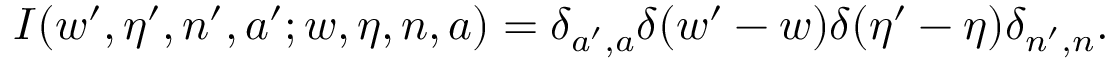
I ( w ^ { \prime } , \eta ^ { \prime } , n ^ { \prime } , a ^ { \prime } ; w , \eta , n , a ) = \delta _ { a ^ { \prime } , a } \delta ( w ^ { \prime } - w ) \delta ( \eta ^ { \prime } - \eta ) \delta _ { n ^ { \prime } , n } .